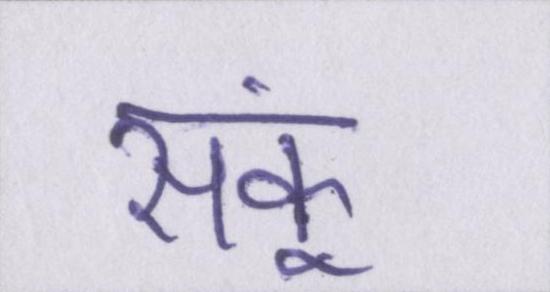
सकूं